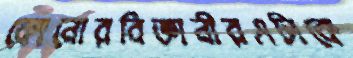
কোনোরবিজ্ঞানীরএটাকে